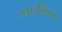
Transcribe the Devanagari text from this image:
उद्यागीकरण